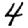
Digit: 4